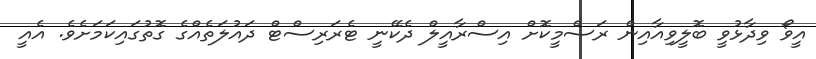
އީވޯ ވިދާޅުވީ ބޮލީވިއާއިން ރަސްމީކޮށް އިސްރާއީލް ދެކޭނީ ޓެރަރިސްޓް ދައުލަތެއްގެ ގޮތުގައިކަމަށެވެ. އެއީ